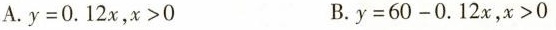
A.$$y = 0 . 1 2 x$$，$$x > 0$$ B.$$y = 6 0 - 0 . 1 2 x$$，$$x > 0$$